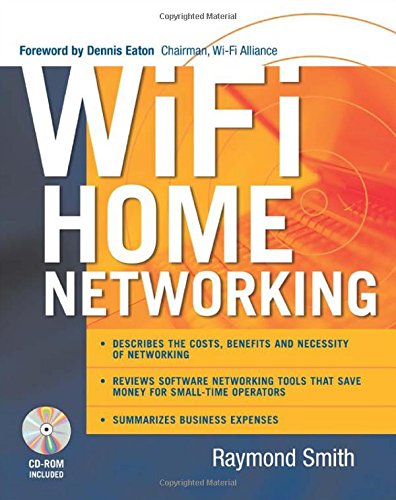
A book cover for Wi-Fi Home Networking; Raymond Smith; Computers & Technology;